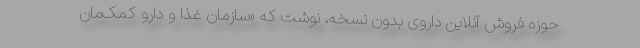
حوزه فروش آنلاین داروی بدون نسخه، نوشت که «سازمان غذا و دارو کمک‌مان